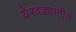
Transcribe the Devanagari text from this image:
येरवड्यातील